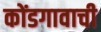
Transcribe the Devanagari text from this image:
कोंडगावाची